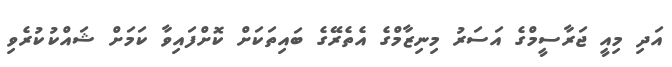
އަދި މިއީ ޖަރާސީމްގެ އަސަރު މިނިޒާމްގެ އެތެރޭގެ ބައިތަކަށް ކޮށްފައިވާ ކަމަށް ޝައްކުކުރެވި